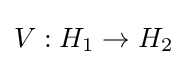
V:H_{1}\to H_{2}